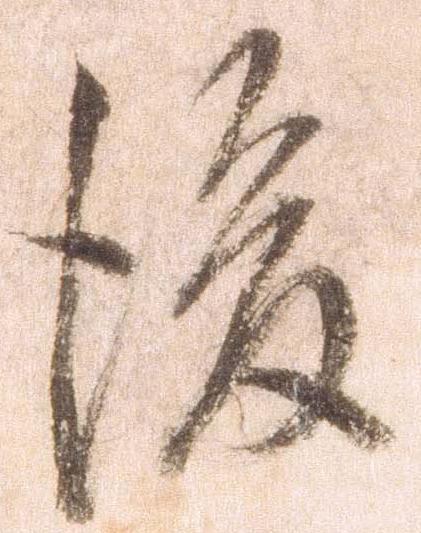
後